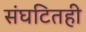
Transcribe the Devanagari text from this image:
संघटितही